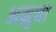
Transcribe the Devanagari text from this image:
अमुचा